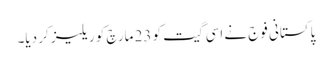
پاکستانی فوج نے اسی گیت کو 23 مارچ کو ریلیز کر دیا۔